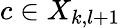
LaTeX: c\in X_{k,l+1}